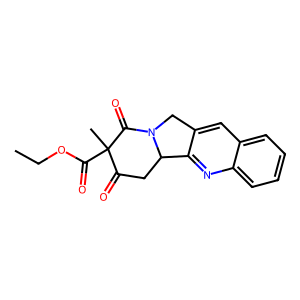
SMILES: CCOC(=O)C1(C)C(=O)CC2c3nc4ccccc4cc3CN2C1=O
Inhibits HIV replication: No